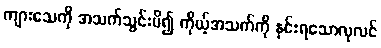
ကျားသေကို အသက်သွင်းမိ၍ ကိုယ့်အသက်ကို နှင်းရသောလုလင်